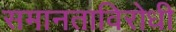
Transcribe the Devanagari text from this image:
समानताविरोधी